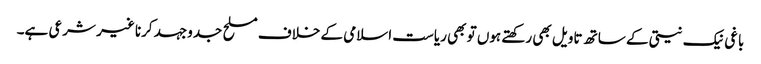
باغی نیک نیتی کے ساتھ تاویل بھی رکھتے ہوں تو بھی ریاست اسلامی کے خلاف مسلح جدوجہد کرنا غیر شرعی ہے۔